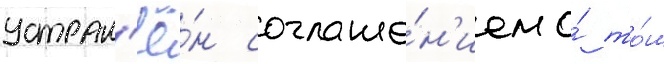
устран'ё́н соглаше́н'ием о́ то́м